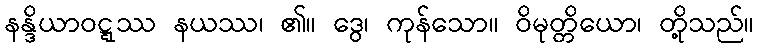
နန္ဒိယာဝဋ္ဋဿ နယဿ၊ ၏။ ဒွေ၊ ကုန်သော။ ဝိမုတ္တိယော၊ တို့သည်။